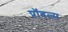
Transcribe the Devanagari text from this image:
प्रॉबल्म